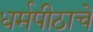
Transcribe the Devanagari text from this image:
धर्मपीठाचे